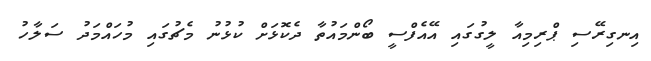
އިނގިރޭސި ޕްރިމިއާ ލީގުގައި އޭއެފްސީ ބޯންމައުތާ ދެކޮޅަށް ކުޅުނު މެޗުގައި މުހައްމަދު ސަލާހު